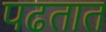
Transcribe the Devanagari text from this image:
पढतात